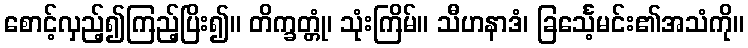
စောင့်လှည့်၍ကြည့်ပြိး၍။ တိက္ခတ္တုံ၊ သုံးကြိမ်။ သီဟနာဒံ၊ ခြင်္သေ့မင်း၏အသံကို။